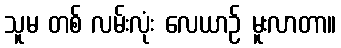
သူမ တစ် လမ်းလုံး လေယာဉ် မူးလာတာ။